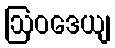
ဩဝဒေယျ